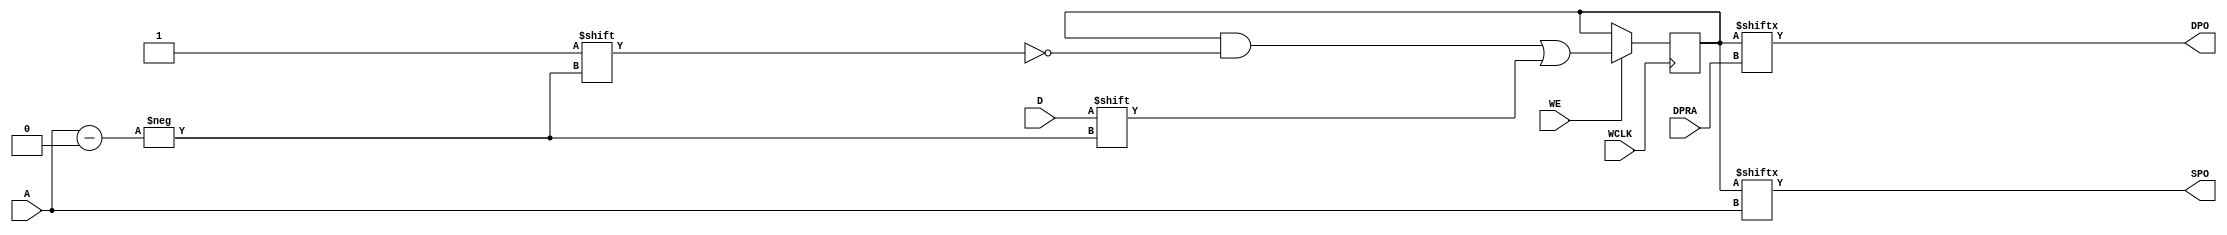
// $Header: /devl/xcs/repo/env/Databases/CAEInterfaces/verunilibs/data/rainier/RAM128X1D.v,v 1.5 2006/06/23 21:24:41 yanx Exp $
///////////////////////////////////////////////////////////////////////////////
// Copyright (c) 1995/2004 Xilinx, Inc.
// All Right Reserved.
///////////////////////////////////////////////////////////////////////////////
//   ____  ____
//  /   /\/   /
// /___/  \  /    Vendor : Xilinx
// \   \   \/     Version : 10.1
//  \   \         Description : Xilinx Functional Simulation Library Component
//  /   /                  Static Dual Port Synchronous RAM 128-Deep by 1-Wide
// /___/   /\     Filename : RAM128X1D.v
// \   \  /  \    Timestamp : Thu Mar 25 16:43:34 PST 2004
//  \___\/\___\
//
// Revision:
//    02/07/05 - Initial version.
//    06/22/06 - Change initial to hex (CR 233085).
// End Revision

`timescale  1 ps / 1 ps


module RAM128X1D (DPO, SPO, A, D, DPRA, WCLK, WE);

    parameter INIT = 128'h0;

    output DPO, SPO;

    input  [6:0] A;
    input  [6:0] DPRA;
    input  D;
    input  WCLK;
    input  WE;

    reg [127:0] mem;


    assign SPO = mem[A];
    assign DPO = mem[DPRA];


    initial 
         mem = INIT;

    always @(posedge WCLK) 
	if (WE == 1'b1)
	    mem[A] <= #100 D;


endmodule